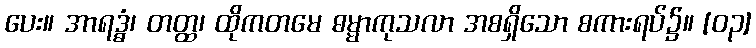
ပေး။ အာရဒ္ဓံ၊ တတ္ထ၊ ထိုကတမေ ဓမ္မာကုသလာ အစရှိသော စကားရပ်၌။ [၀၃]